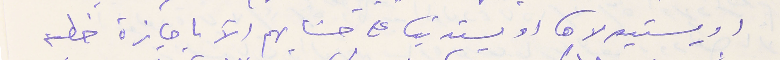
او يستيولاها او يستدينا على حسَابهم الآ باجازة خطية